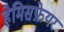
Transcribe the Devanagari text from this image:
हेमिसफ़ेयर